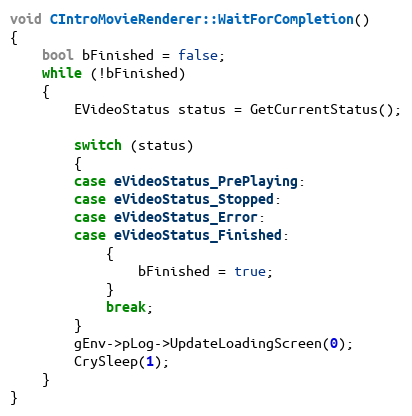
Language: C++
void CIntroMovieRenderer::WaitForCompletion()
{
	bool bFinished = false;
	while (!bFinished)
	{
		EVideoStatus status = GetCurrentStatus();

		switch (status)
		{
		case eVideoStatus_PrePlaying:
		case eVideoStatus_Stopped:
		case eVideoStatus_Error:
		case eVideoStatus_Finished:
			{
				bFinished = true;
			}
			break;
		}
		gEnv->pLog->UpdateLoadingScreen(0);
		CrySleep(1);
	}
}